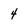
Character: 4